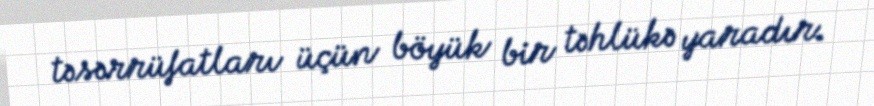
təsərrüfatları üçün böyük bir təhlükə yaradır.